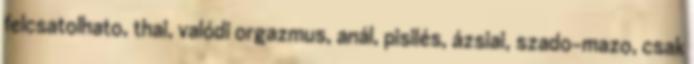
felcsatolhato, thai, valódi orgazmus, anál, pisilés, ázsiai, szado-mazo, csak